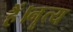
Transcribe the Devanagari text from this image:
हैं।नॄत्य